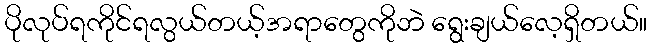
ပိုလုပ်ရကိုင်ရလွယ်တယ့်အရာတွေကိုဘဲ ရွေးချယ်လေ့ရှိတယ်။